Civil Veterinary Dept. Bombay admin report 1932-41 - 1932-1941
Year: 1932
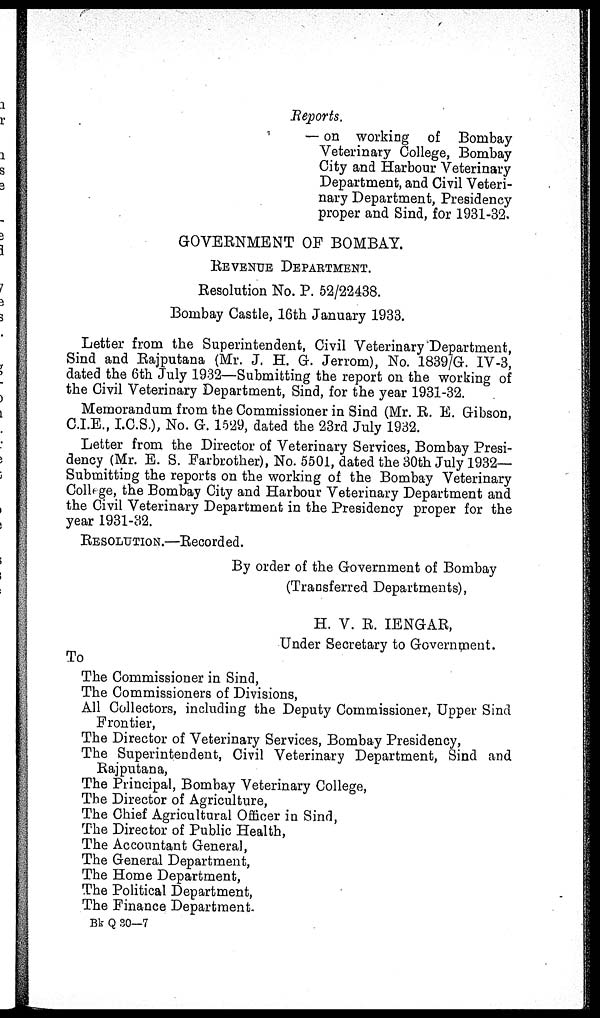
Reports.
— on working of Bombay
Veterinary College, Bombay
City and Harbour Veterinary
Department, and Civil Veteri-
nary Department, Presidency
proper and Sind, for 1931-32.
GOVERNMENT OF BOMBAY.
REVENUE
DEPARTMENT.
Resolution No. P. 52/22438.
Bombay Castle, 16th January 1933.
Letter from the Superintendent, Civil Veterinary Department,
Sind and Rajputana (Mr. J. H. G. Jerrom), No. 1839/G. IV-3,
dated the 6th July 1932—Submitting the report on the working of
the Civil Veterinary Department, Sind, for the year 1931-32.
Memorandum from the Commissioner in Sind (Mr. R. E. Gibson,
C.I.E., I.C.S.), No. G. 1529, dated the 23rd July 1932.
Letter from the Director of Veterinary Services, Bombay Presi-
dency (Mr. E. S. Farbrother), No. 5501, dated the 30th July 1932—
Submitting the reports on the working of the Bombay Veterinary
College, the Bombay City and Harbour Veterinary Department and
the Civil Veterinary Department in the Presidency proper for the
year 1931-32.
RESOLUTION.—Recorded.
By order of the Government of Bombay
(Transferred Departments),
H. V. R. IENGAR,
Under Secretary to Government.
To
The Commissioner in Sind,
The Commissioners of Divisions,
All Collectors, including the Deputy Commissioner, Upper Sind
Frontier,
The Director of Veterinary Services, Bombay Presidency,
The Superintendent, Civil Veterinary Department, Sind and
Rajputana,
The Principal, Bombay Veterinary College,
The Director of Agriculture,
The Chief Agricultural Officer in Sind,
The Director of Public Health,
The Accountant General,
The General Department,
The Home Department,
The Political Department,
The Finance Department.
Bk Q 30—7